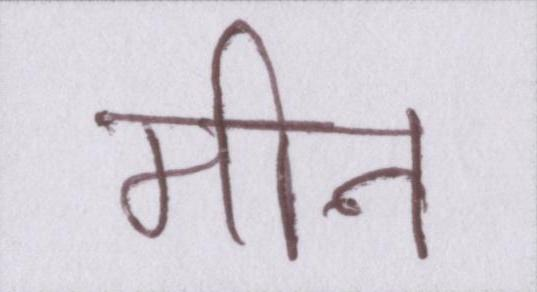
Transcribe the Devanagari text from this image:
मीन